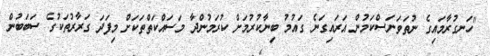
"ހަނގުރާމައިގެ ނުތަވަނަސްކަމުން އަރައިގަނެ ގައުމު ބިނާކުރުމަށް ކުރަމުންދާ މަސައްކަތްތަކަށް މިފަދަ ގަރާރުތަކުގެ ސަބަބުން